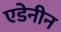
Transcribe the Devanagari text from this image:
एडेनीन